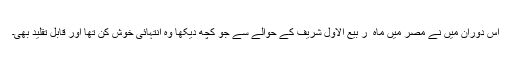
اس دوران میں نے مصر میں ماہ ِ ر بیع الاول شریف کے حوالے سے جو کچھ دیکھا وہ انتہائی خوش کن تھا اور قابلِ تقلید بھی۔